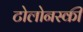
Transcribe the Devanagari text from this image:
टोलोनस्की